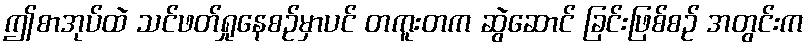
ဤစာအုပ်ထဲ သင်ဖတ်ရှုနေစဉ်မှာပင် တကူးတက ဆွဲဆောင် ခြင်းဖြစ်စဉ် အတွင်းက